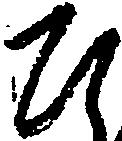
ひ